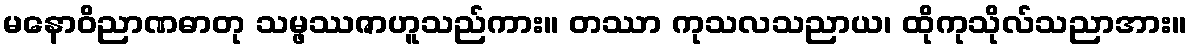
မနောဝိညာဏဓာတု သမ္ဖဿဇာဟူသည်ကား။ တဿာ ကုသလသညာယ၊ ထိုကုသိုလ်သညာအား။